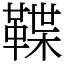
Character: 鞢